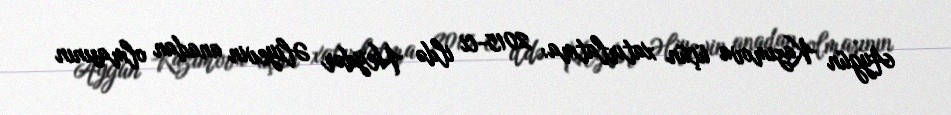
Aygün Kazımova üçün xatırlatma: 2015-ci ildə Heydər Əliyevin anadan olmasının